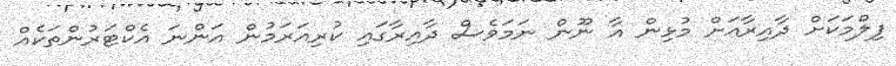
ފިލްމަކަށް ދާއިރާއަށް މުޅިން އާ ނޫން ނަމަވެސް ދާއިރާގައި ކުރިއަރަމުން އަންނަ އެކްޓަރުންތަކެއް